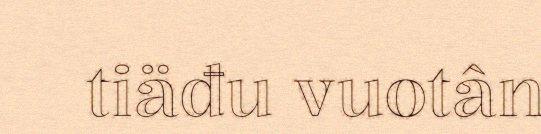
tiäđu vuotân